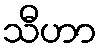
သီဟာ